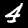
Digit: 4